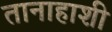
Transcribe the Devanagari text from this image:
तानाहाशी